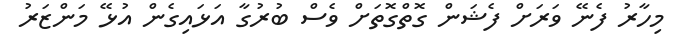
މިހާރު ފެނޭ ވަރަށް ފެޝަން ގޮތްގޮތަށް ވެސް ބުރުގާ އަޅައިގެން އުޅޭ މަންޒަރު